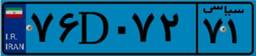
۷۶D۰۷۲۷۱